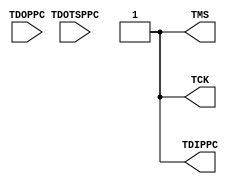
module JTAGPPC (TCK, TDIPPC, TMS, TDOPPC, TDOTSPPC);

output TCK;
output TDIPPC;
output TMS;

input TDOPPC;
input TDOTSPPC;

	assign TCK = 1'b1;
	assign TDIPPC = 1'b1;
	assign TMS = 1'b1;
endmodule